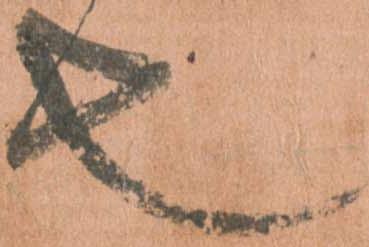
也